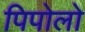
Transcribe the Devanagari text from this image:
पिपोलो